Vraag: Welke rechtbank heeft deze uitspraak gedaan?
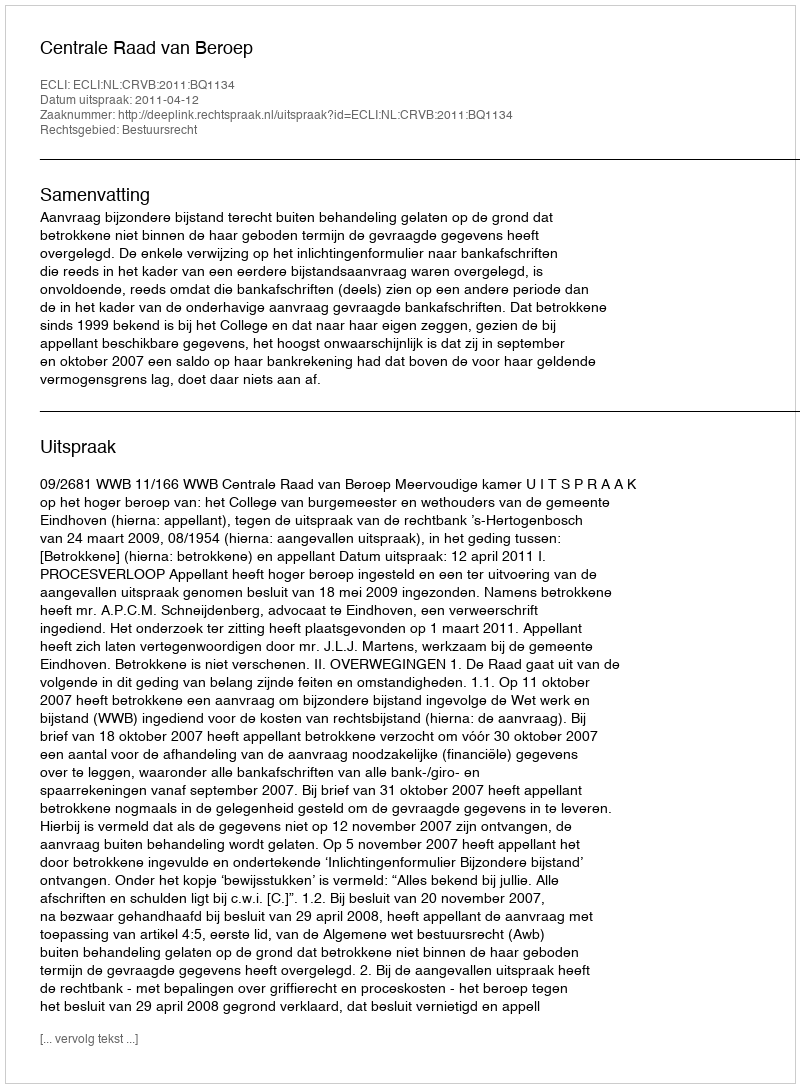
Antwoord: Centrale Raad van Beroep